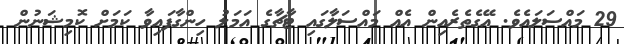
29 މައްސަލައެވެ. އޭގެތެރެއިން އެއް މައްސަލާގައި ޓާޗާގެ އަމަލު ހިންގާފައިވާ ކަމަށް ކޮމިޝަނުން